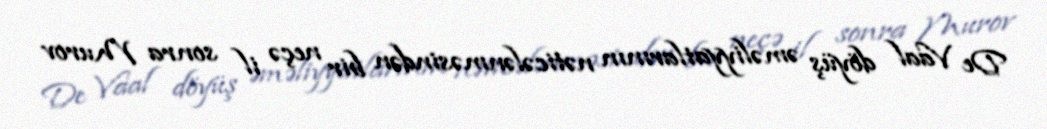
De Vaal döyüş əməliyyatlarının nəticələnməsindən bir neçə il sonra Murov